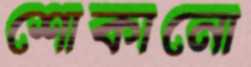
শোকানো